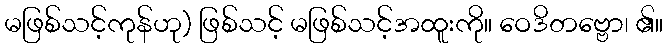
မဖြစ်သင့်ကုန်ဟု) ဖြစ်သင့် မဖြစ်သင့်အထူးကို။ ဝေဒိတဗ္ဗော၊ ၏။